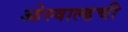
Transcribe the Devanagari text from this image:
ओस्वाल्डची